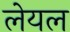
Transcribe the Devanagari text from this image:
लेयल